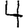
Digit: 4